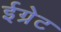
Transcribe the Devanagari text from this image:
ईग्रेट